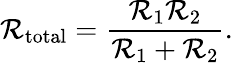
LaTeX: \mathcal{R}_{\mathrm{{total}}}={\frac{{\mathcal{R}_{1}\mathcal{R}_{2}}}{{\mathcal{R}_{1}+\mathcal{R}_{2}}}}.